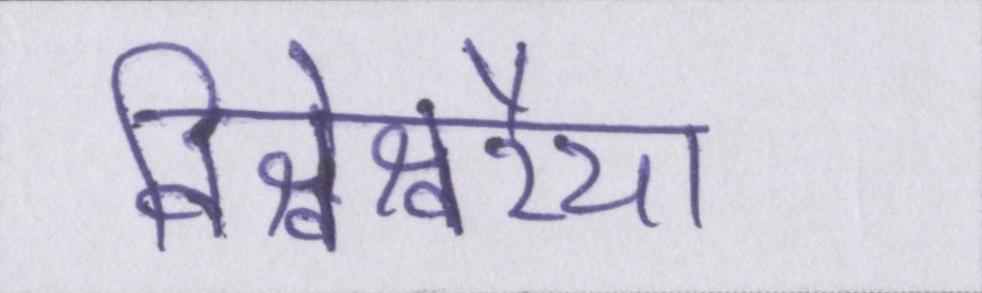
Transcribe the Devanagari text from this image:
विश्वेश्वरैया